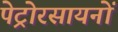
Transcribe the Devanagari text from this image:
पेट्रोरसायनों